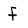
Character: f